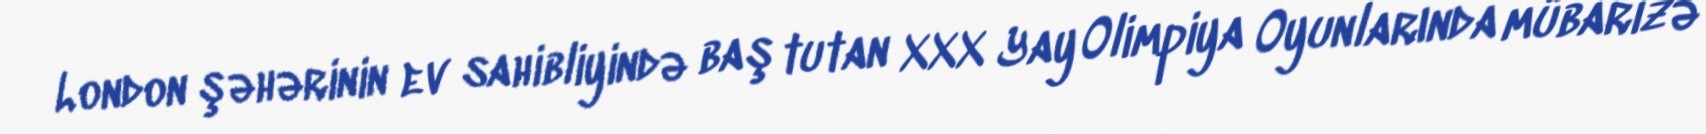
London şəhərinin ev sahibliyində baş tutan XXX Yay Olimpiya Oyunlarında mübarizə